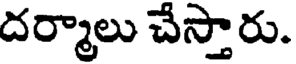
దర్మాలు చేస్తారు.